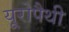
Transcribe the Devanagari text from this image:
यूरोपैथी